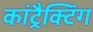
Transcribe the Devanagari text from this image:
कांट्रैक्टिंग